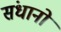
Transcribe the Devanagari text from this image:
संधानों